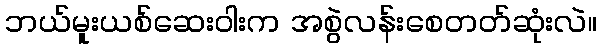
ဘယ်မူးယစ်ဆေးဝါးက အစွဲလန်းစေတတ်ဆုံးလဲ။